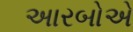
અારબોએ